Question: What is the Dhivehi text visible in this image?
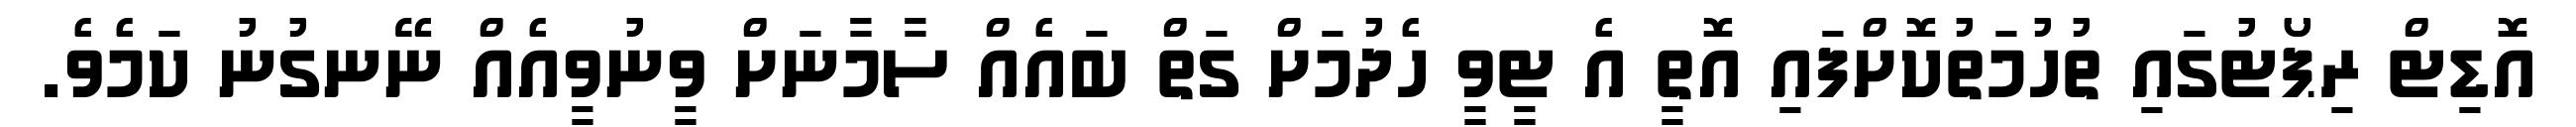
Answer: އޮޑިޓް ރިޕޯޓުގައި ތުހުމަތުކޮށްފައި އޮތީ އެ ޓީވީ ހެދުމަށް ގަތް ބައެއް ސާމާނަށް ވީނުވީއެއް ނޭނގުނު ކަމެވެ.